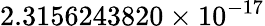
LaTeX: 2.3156243820\times 10^{-17}